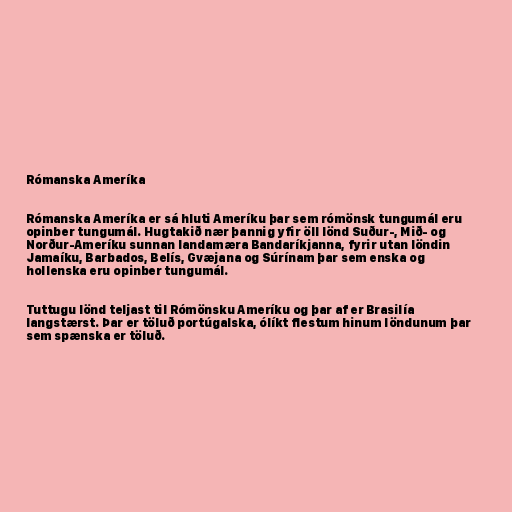
Rómanska Ameríka

Rómanska Ameríka er sá hluti Ameríku þar sem rómönsk tungumál eru
opinber tungumál. Hugtakið nær þannig yfir öll lönd Suður-, Mið- og
Norður-Ameríku sunnan landamæra Bandaríkjanna, fyrir utan löndin
Jamaíku, Barbados, Belís, Gvæjana og Súrínam þar sem enska og
hollenska eru opinber tungumál.

Tuttugu lönd teljast til Rómönsku Ameríku og þar af er Brasilía
langstærst. Þar er töluð portúgalska, ólíkt flestum hinum löndunum þar
sem spænska er töluð.